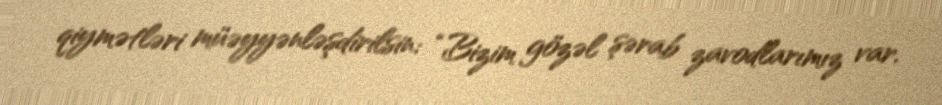
qiymətləri müəyyənləşdirilsin: “Bizim gözəl şərab zavodlarımız var.